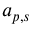
a _ { p , s }